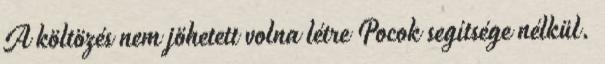
A költözés nem jöhetett volna létre Pocok segítsége nélkül.